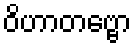
ဝိဟာတဗ္ဗော